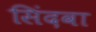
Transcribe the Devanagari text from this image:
सिंदवा